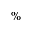
\%